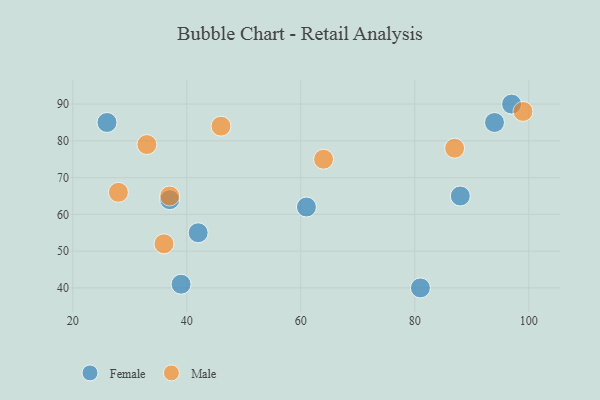
{"axis": {"x": "GDP", "y": "Life Expectancy"}, "legend": ["Female", "Male"], "data": [{"x": "42", "y": 55, "type": "Female"}, {"x": "26", "y": 85, "type": "Female"}, {"x": "94", "y": 85, "type": "Female"}, {"x": "39", "y": 41, "type": "Female"}, {"x": "81", "y": 40, "type": "Female"}, {"x": "88", "y": 65, "type": "Female"}, {"x": "61", "y": 62, "type": "Female"}, {"x": "97", "y": 90, "type": "Female"}, {"x": "37", "y": 64, "type": "Female"}, {"x": "64", "y": 75, "type": "Male"}, {"x": "99", "y": 88, "type": "Male"}, {"x": "46", "y": 84, "type": "Male"}, {"x": "33", "y": 79, "type": "Male"}, {"x": "36", "y": 52, "type": "Male"}, {"x": "37", "y": 65, "type": "Male"}, {"x": "87", "y": 78, "type": "Male"}, {"x": "28", "y": 66, "type": "Male"}]}